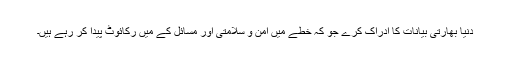
دنیا بھارتی بیانات کا ادراک کرے جو کہ خطے میں امن و سلامتی اور مسائل کے میں رکائوٹ پیدا کر رہے ہیں۔